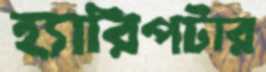
হ্যারিপটার